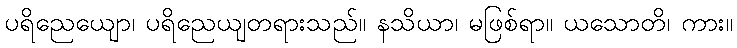
ပရိညေယျော၊ ပရိညေယျတရားသည်။ နသိယာ၊ မဖြစ်ရာ။ ယသောတိ၊ ကား။